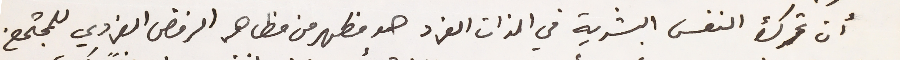
أن تحرك النفس البشرية في الذات الفرد هو مظهر من مظاهر الرفض الفردي للمجتمع.